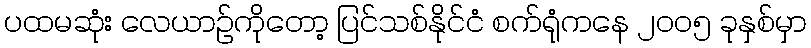
ပထမဆုံး လေယာဉ်ကိုတော့ ပြင်သစ်နိုင်ငံ စက်ရုံကနေ ၂၀၀၅ ခုနှစ်မှာ